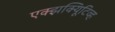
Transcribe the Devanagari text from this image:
एक्झक्यिूटिव्ह